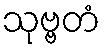
သုဗ္ဗတံ